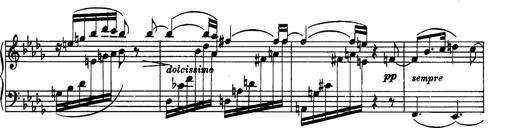
Title: 3 Sonatinas, Op.67
Composer: Jean Sibelius